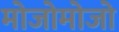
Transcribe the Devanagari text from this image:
मोजोमोजो